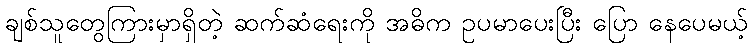
ချစ်သူတွေကြားမှာရှိတဲ့ ဆက်ဆံရေးကို အဓိက ဥပမာပေးပြီး ပြော နေပေမယ့်